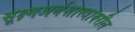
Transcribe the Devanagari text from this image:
सूक्ष्मअर्थशास्त्रावरील